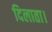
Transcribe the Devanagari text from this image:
दिलाता।